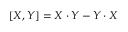
[ X , Y ] = X \cdot Y - Y \cdot X